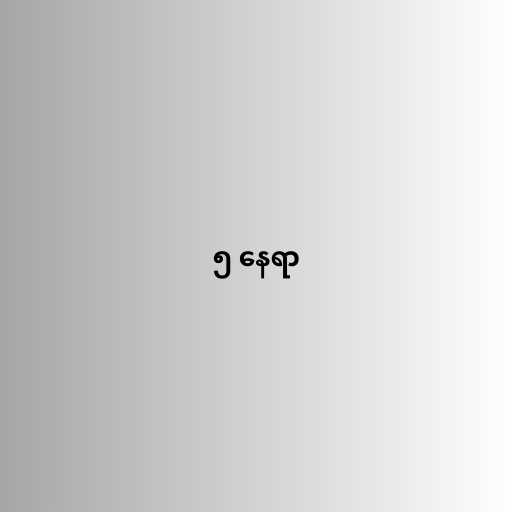
၅ နေရာ